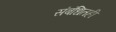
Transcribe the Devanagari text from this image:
संबंधितही